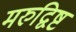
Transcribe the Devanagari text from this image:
मरुद्विष्ट